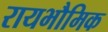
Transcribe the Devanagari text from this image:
रायभौमिक